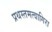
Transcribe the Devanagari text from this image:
प्रथस्तमत्वागिरा